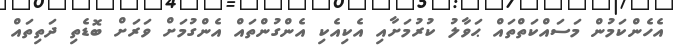
އެހެންކަމުން މަސައްކަތްތައް ޙަވާލު ކުރުމަށާއި އެކިއެކި އެންގުންތައް އެންގުމަށް ވަރަށް ބޮޑެތި ދަތިތައް